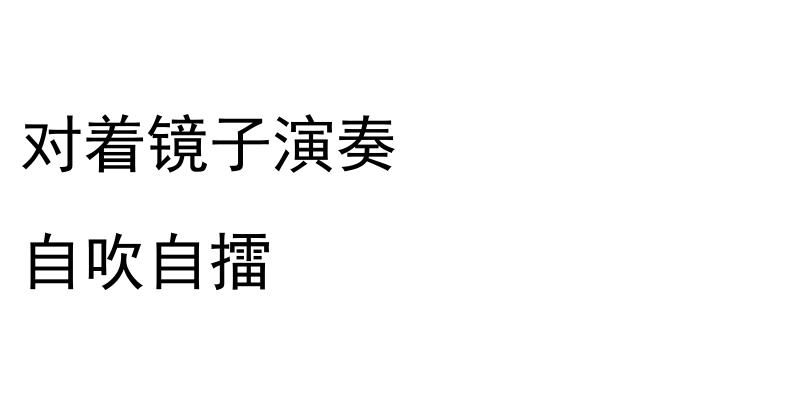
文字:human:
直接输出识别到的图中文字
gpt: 对着镜子演奏 自吹自擂